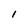
Character: 1